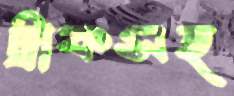
ট্রাকসহ